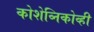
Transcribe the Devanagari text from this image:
कोशेव्निकोव्ही